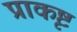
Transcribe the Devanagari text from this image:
प्राकृष्ट